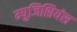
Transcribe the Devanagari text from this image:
म्युजिशियंस